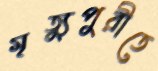
মৃত্যুপুরীতে